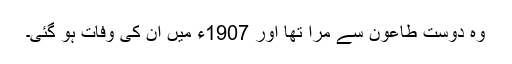
وہ دوست طاعون سے مرا تھا اور 1907ء میں ان کی وفات ہو گئی۔